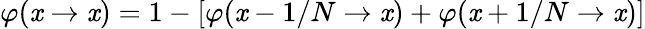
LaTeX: \varphi(\mathit{x}\to\mathit{x})=1-[\varphi(\mathit{x}-1/N\to\mathit{x})+\varphi(\mathit{x}+1/N\to\mathit{x})]